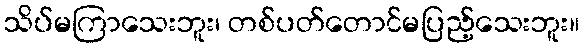
သိပ်မကြာသေးဘူး၊ တစ်ပတ်တောင်မပြည့်သေးဘူး။